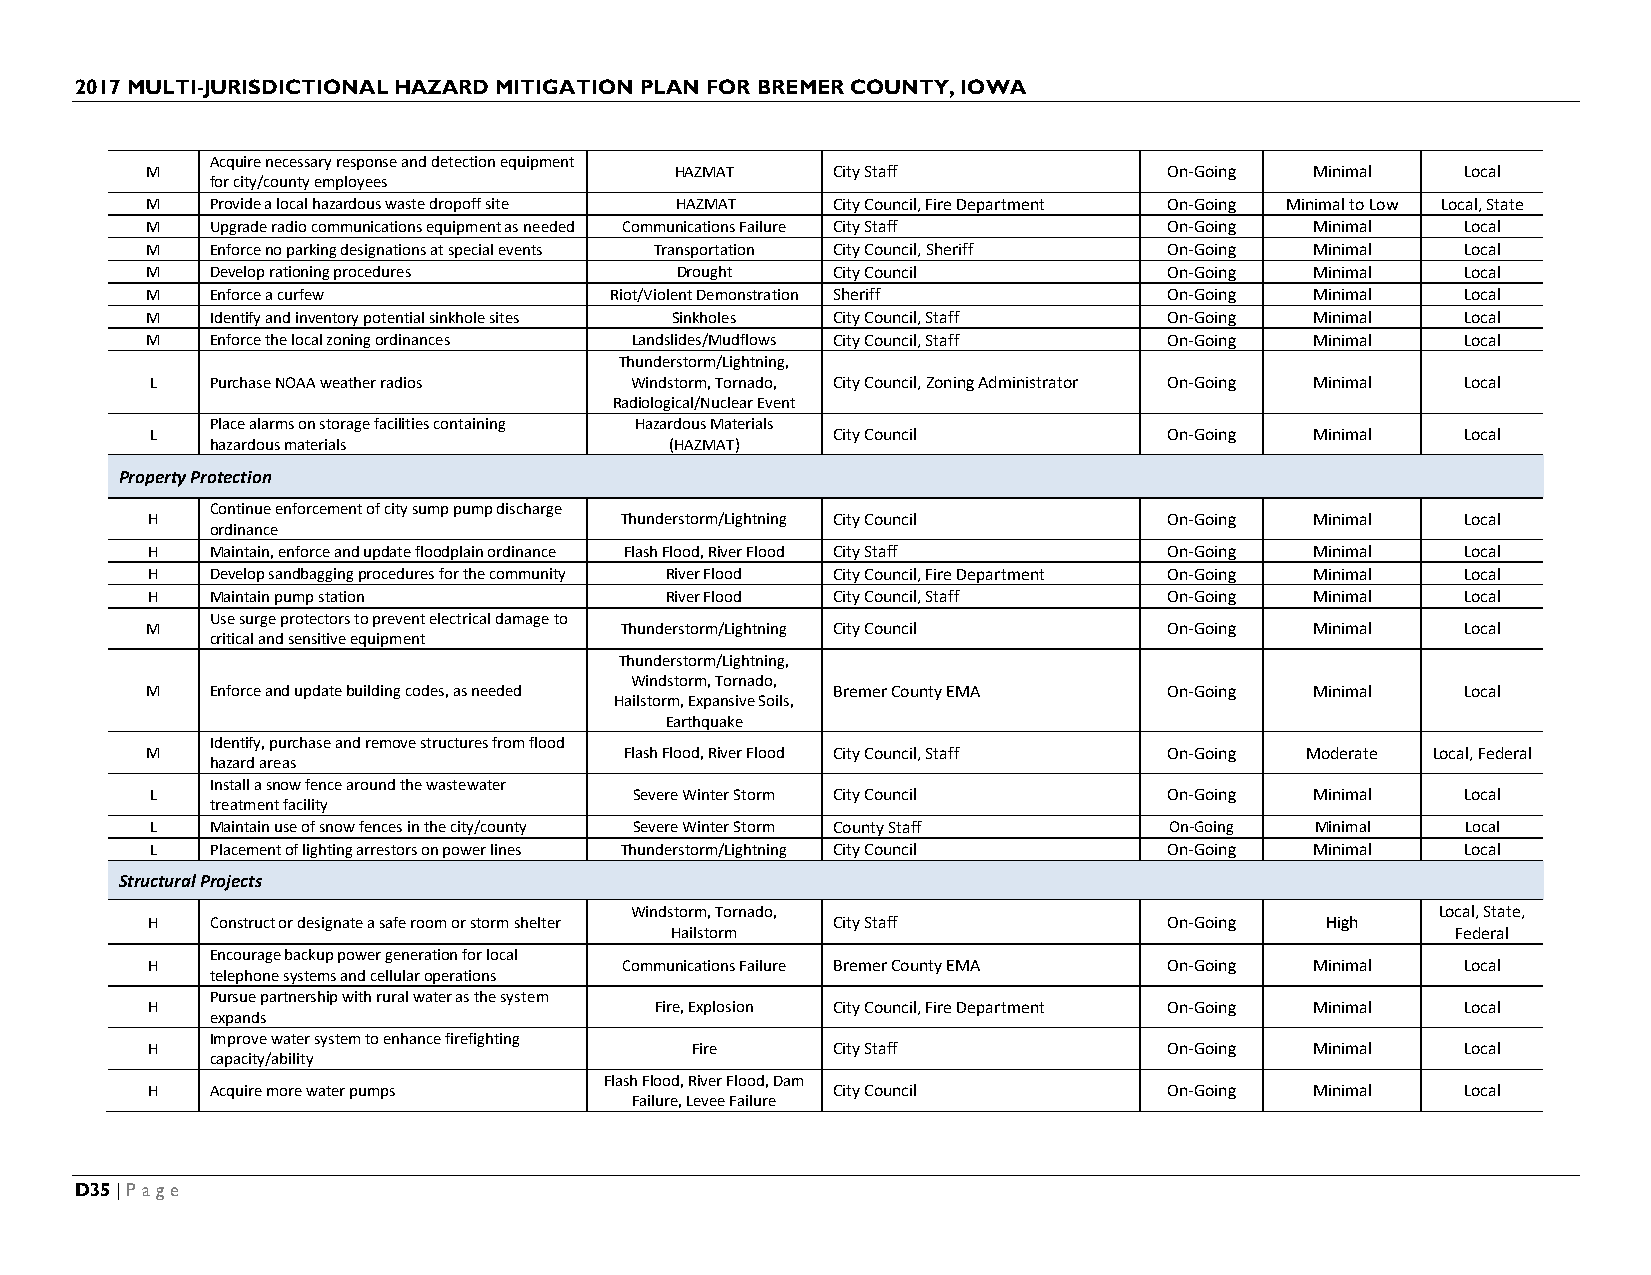
2017 MULTI-JURISDICTIONAL HAZARD MITIGATION PLAN FOR BREMER COUNTY, IOWA
 Acquire necessary response and detection equipment
 M                                  HAZMAT    City Staff            On-Going  Minimal   Local
 for city/county employees
 M   Provide a local hazardous waste dropoff site HAZMAT City Council, Fire Department On-Going Minimal to Low Local, State
 M   Upgrade radio communications equipment as needed Communications Failure City Staff On-Going Minimal Local
 M   Enforce no parking designations at special events Transportation City Council, Sheriff On-Going Minimal Local
 M   Develop rationing procedures   Drought   City Council          On-Going  Minimal   Local
 M   Enforce a curfew          Riot/Violent Demonstration Sheriff   On-Going  Minimal   Local
 M   Identify and inventory potential sinkhole sites Sinkholes City Council, Staff On-Going Minimal Local
 M   Enforce the local zoning ordinances Landslides/Mudflows City Council, Staff On-Going Minimal Local
 Thunderstorm/Lightning,
 L   Purchase NOAA weather radios Windstorm, Tornado, City Council, Zoning Administrator On-Going Minimal Local
 Radiological/Nuclear Event
 Place alarms on storage facilities containing Hazardous Materials
 L                                            City Council          On-Going  Minimal   Local
 hazardous materials           (HAZMAT)
 Property Protection
 Continue enforcement of city sump pump discharge
 H                              Thunderstorm/Lightning City Council On-Going  Minimal   Local
 ordinance
 H   Maintain, enforce and update floodplain ordinance Flash Flood, River Flood City Staff On-Going Minimal Local
 H   Develop sandbagging procedures for the community River Flood City Council, Fire Department On-Going Minimal Local
 H   Maintain pump station         River Flood City Council, Staff  On-Going  Minimal   Local
 Use surge protectors to prevent electrical damage to
 M                              Thunderstorm/Lightning City Council On-Going  Minimal   Local
 critical and sensitive equipment
 Thunderstorm/Lightning,
 Windstorm, Tornado,
 M   Enforce and update building codes, as needed Bremer County EMA On-Going  Minimal   Local
 Hailstorm, Expansive Soils,
 Earthquake
 Identify, purchase and remove structures from flood
 M                              Flash Flood, River Flood City Council, Staff On-Going Moderate Local, Federal
 hazard areas
 Install a snow fence around the wastewater
 L                               Severe Winter Storm City Council   On-Going  Minimal   Local
 treatment facility
 L   Maintain use of snow fences in the city/county Severe Winter Storm County Staff On-Going Minimal Local
 L   Placement of lighting arrestors on power lines Thunderstorm/Lightning City Council On-Going Minimal Local
 Structural Projects
 Windstorm, Tornado,                                  Local, State,
 H   Construct or designate a safe room or storm shelter City Staff On-Going   High
 Hailstorm                                           Federal
 Encourage backup power generation for local
 H                              Communications Failure Bremer County EMA On-Going Minimal Local
 telephone systems and cellular operations
 Pursue partnership with rural water as the system
 H                                Fire, Explosion City Council, Fire Department On-Going Minimal Local
 expands
 Improve water system to enhance firefighting
 H                                   Fire     City Staff            On-Going  Minimal   Local
 capacity/ability
 Flash Flood, River Flood, Dam
 H   Acquire more water pumps                 City Council          On-Going  Minimal   Local
 Failure, Levee Failure
 D35 | Page